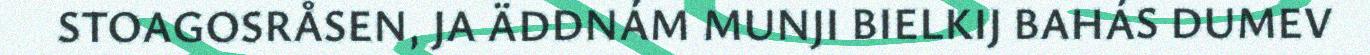
STOAGOSRÅSEN, JA ÄDDNÁM MUNJI BIELKIJ BAHÁS DUMEV